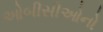
ઓબીસીઓનો